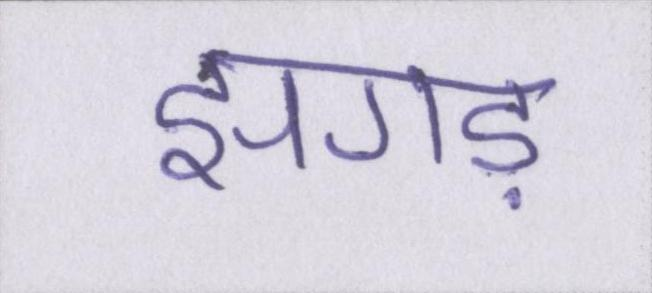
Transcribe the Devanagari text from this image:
झगड़